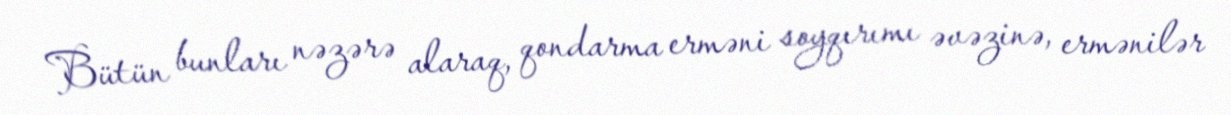
Bütün bunları nəzərə alaraq, qondarma erməni soyqırımı əvəzinə, ermənilər